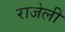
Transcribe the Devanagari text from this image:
राजेली